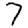
Digit: 7